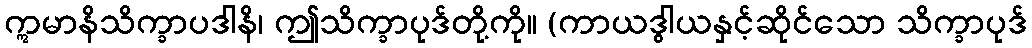
ဣမာနိသိက္ခာပဒါနိ၊ ဤသိက္ခာပုဒ်တို့ကို။ (ကာယဒွါယနှင့်ဆိုင်သော သိက္ခာပုဒ်